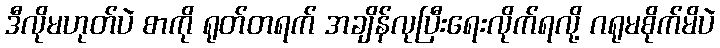
ဒီလိုမဟုတ်ပဲ စာကို ရုတ်တရက် အချိန်လုပြီးရေးလိုက်ရလို့ ဂရုမစိုက်မိပဲ